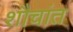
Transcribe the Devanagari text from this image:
शौचांत